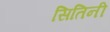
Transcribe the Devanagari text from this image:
सितिनी